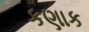
કણાક